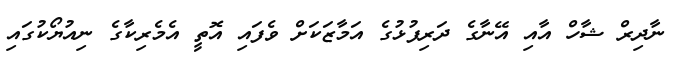
ނާދިރް ޝާހް އާއި އޭނާގެ ދަރިފުޅުގެ އަމާޒަކަށް ވެފައި އޮތީ އެމެރިކާގެ ނިއުޔޯކުގައި